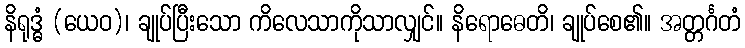
နိရုဒ္ဓံ (ယေဝ)၊ ချုပ်ပြီးသော ကိလေသာကိုသာလျှင်။ နိရောဓေတိ၊ ချုပ်စေ၏။ အတ္တင်္ဂတံ